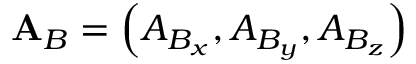
\mathbf { A } _ { B } = \left( A _ { B _ { x } } , A _ { B _ { y } } , A _ { B _ { z } } \right)